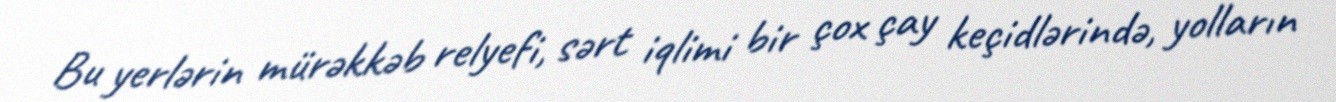
Bu yerlərin mürəkkəb relyefi, sərt iqlimi bir çox çay keçidlərində, yolların